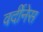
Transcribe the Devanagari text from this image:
वर्दीनेस